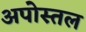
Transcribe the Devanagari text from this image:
अपोस्तल